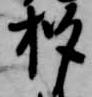
杓